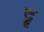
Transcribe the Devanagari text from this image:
द्रू